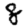
Digit: 8